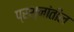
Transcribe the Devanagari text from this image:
प्रश्नांतील